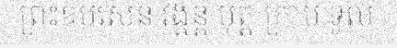
ព្រះឧបសេន វង្គន្ត បុត្ត ក្រាប ទូល